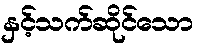
နှင့်သက်ဆိုင်သော